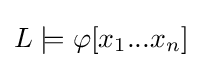
L\models \varphi [x_{1}...x_{n}]